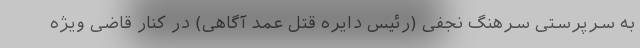
به سرپرستی سرهنگ نجفی (رئیس دایره قتل عمد آگاهی) در کنار قاضی ویژه